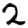
Digit: 2